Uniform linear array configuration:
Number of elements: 48
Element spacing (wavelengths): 0.75
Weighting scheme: exponential
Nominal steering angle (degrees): -15
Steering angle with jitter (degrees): -13.941
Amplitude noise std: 0.05
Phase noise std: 0.05

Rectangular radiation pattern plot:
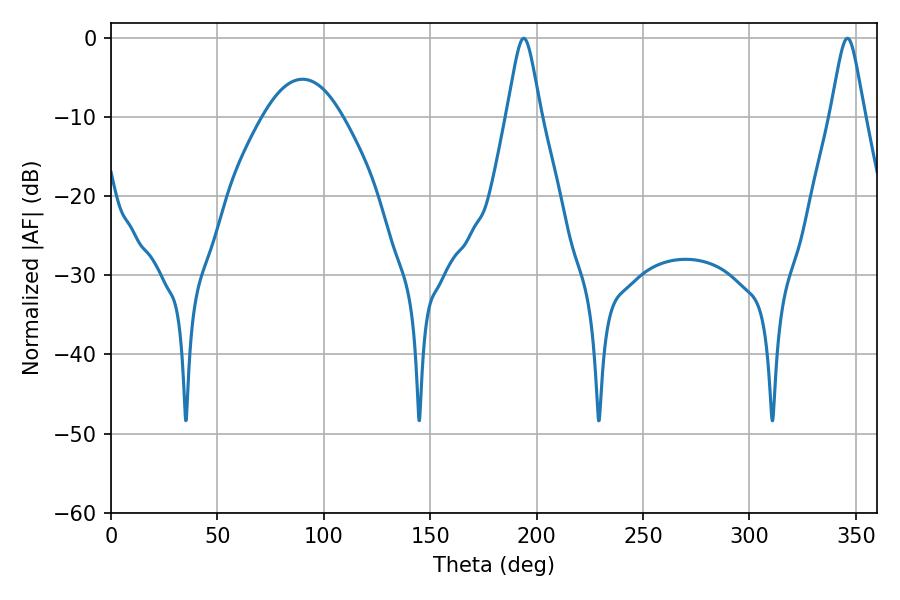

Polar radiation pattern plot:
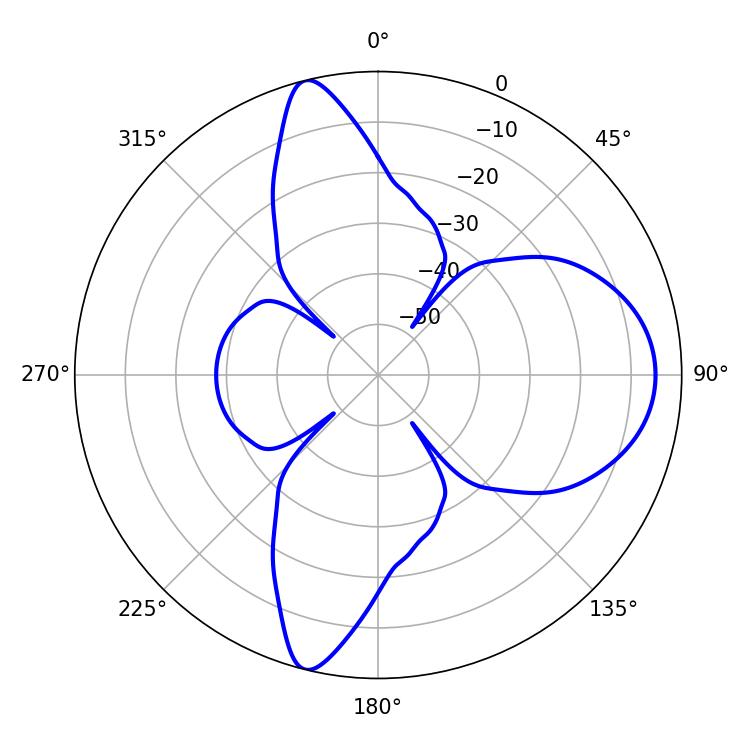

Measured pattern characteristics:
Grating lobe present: TRUE
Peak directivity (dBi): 13.533
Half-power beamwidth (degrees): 7.74
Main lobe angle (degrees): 346.14